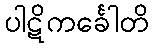
ပါဋိကင်္ခေါတိ